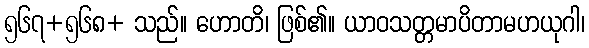
၅၆၇+၅၆၈+ သည်။ ဟောတိ၊ ဖြစ်၏။ ယာဝသတ္တမာပိတာမဟယုဂါ၊